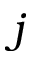
j